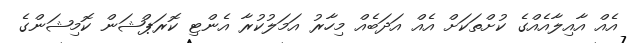
އެއް އާއިލާއެއްގެ ކުށްތަކަށް އެއް އަދަބެއް މިހާރު އަމަލުކުރާ އެންޓި ކޮރަޕްޝަން ކޮމިޝަންގެ